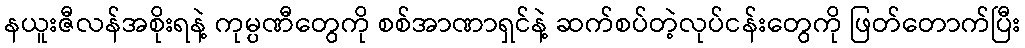
နယူးဇီလန်အစိုးရနဲ့ ကုမ္ပဏီတွေကို စစ်အာဏာရှင်နဲ့ ဆက်စပ်တဲ့လုပ်ငန်းတွေကို ဖြတ်တောက်ပြီး